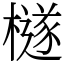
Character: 檖